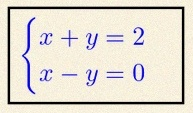
\begin{cases}x+y=2\\x-y=0\end{cases}